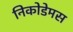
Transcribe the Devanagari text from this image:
निकोडेमस